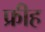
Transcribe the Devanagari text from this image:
फ्रीह